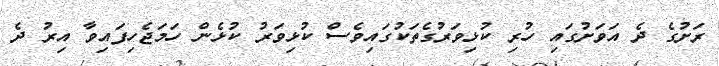
ރަށުގެ ދެ އަވަށުގައި ހުރި ކުޅިވަރުގެތަކުގައިވެސް ކުޅިވަރު ކުޅެން ހަމަޖެހިފައިވާ އިރު ދެ